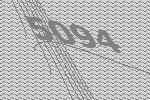
5094